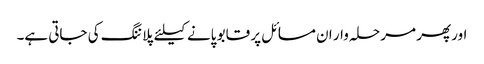
اور پھر مرحلہ وار ان مسائل پر قابو پانے کیلئے پلاننگ کی جاتی ہے۔